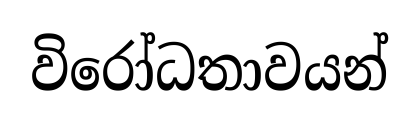
විරෝධතාවයන්